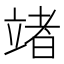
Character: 𥪤